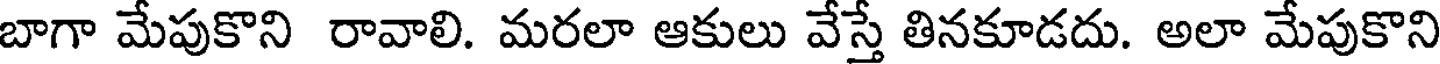
బాగా మేపుకొని రావాలి. మరలా ఆకులు వేస్తే తినకూడదు. అలా మేపుకొని